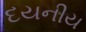
દયનીય